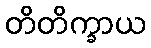
တိတိက္ခာယ